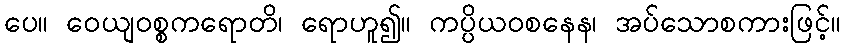
ပေ။ ဝေယျဝစ္စကရောတိ၊ ရောဟူ၍။ ကပ္ပိယဝစနေန၊ အပ်သောစကားဖြင့်။